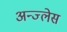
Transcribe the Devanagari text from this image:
अन्ज्लेस